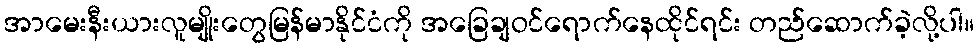
အာမေးနီးယားလူမျိုးတွေမြန်မာနိုင်ငံကို အခြေချဝင်ရောက်နေထိုင်ရင်း တည်ဆောက်ခဲ့လို့ပါ။